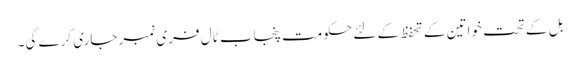
بل کے تحت خواتین کے تحفظ کے لئے حکومت پنجاب ٹال فری نمبر جاری کرے گی۔